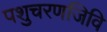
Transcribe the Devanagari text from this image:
पशुचरणजिवि